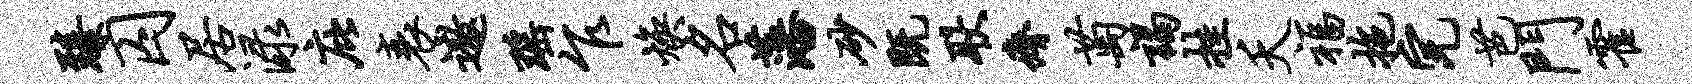
臻囚居渌庇衰遨瑶乍焕名藩砂既耿瘠萄谒挂夭福拖完芭门霍